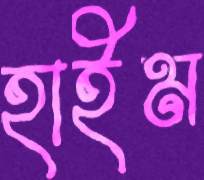
হাইম